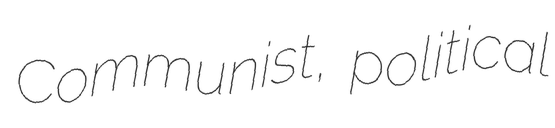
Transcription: Communist, political